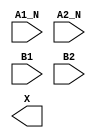
/**
 * Copyright 2020 The SkyWater PDK Authors
 *
 * Licensed under the Apache License, Version 2.0 (the "License");
 * you may not use this file except in compliance with the License.
 * You may obtain a copy of the License at
 *
 *     https://www.apache.org/licenses/LICENSE-2.0
 *
 * Unless required by applicable law or agreed to in writing, software
 * distributed under the License is distributed on an "AS IS" BASIS,
 * WITHOUT WARRANTIES OR CONDITIONS OF ANY KIND, either express or implied.
 * See the License for the specific language governing permissions and
 * limitations under the License.
 *
 * SPDX-License-Identifier: Apache-2.0
 */

`ifndef SKY130_FD_SC_HD__O2BB2A_SYMBOL_V
`define SKY130_FD_SC_HD__O2BB2A_SYMBOL_V

/**
 * o2bb2a: 2-input NAND and 2-input OR into 2-input AND.
 *
 *         X = (!(A1 & A2) & (B1 | B2))
 *
 * Verilog stub (without power pins) for graphical symbol definition
 * generation.
 *
 * WARNING: This file is autogenerated, do not modify directly!
 */

`timescale 1ns / 1ps
`default_nettype none

(* blackbox *)
module sky130_fd_sc_hd__o2bb2a (
    //# {{data|Data Signals}}
    input  A1_N,
    input  A2_N,
    input  B1  ,
    input  B2  ,
    output X
);

    // Voltage supply signals
    supply1 VPWR;
    supply0 VGND;
    supply1 VPB ;
    supply0 VNB ;

endmodule

`default_nettype wire
`endif  // SKY130_FD_SC_HD__O2BB2A_SYMBOL_V